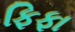
ફિફા